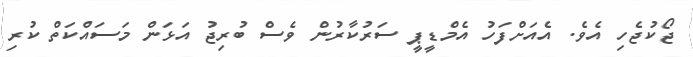
ޖޯކުޖެހި އެވެ. އެއަށްފަހު އެމްޑީޕީ ސަރުކާރުން ވެސް ބުރިޖު އަޅަން މަސައްކަތް ކުރި